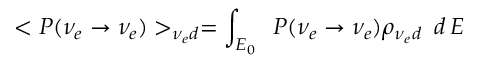
< P ( \nu _ { e } \to \nu _ { e } ) > _ { \nu _ { e } d } = \int _ { E _ { 0 } } \, ~ P ( \nu _ { e } \to \nu _ { e } ) \rho _ { \nu _ { e } d } \, ~ d \, E